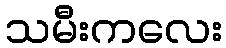
သမီးကလေး